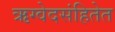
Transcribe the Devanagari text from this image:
ऋग्वेदसंहितेत